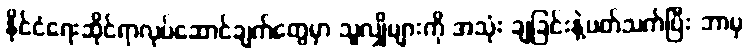
နိုင်ငံရေးဆိုင်ရာလုပ်ဆောင်ချက်တွေမှာ သူလျှိုများကို အသုံး ချခြင်းနဲ့ပတ်သက်ပြီး ဘာမှ